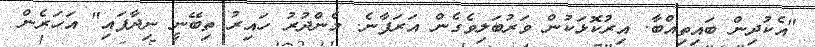
"އެކުދިން ބައިތިއްބާ. އިރުކޮޅަކުން ވަރުބަލިވެގެން އަރަފާނެ. މެންދުރު ހައިރު ތިބޭނީ ނިދާފައި" އަހަރެން